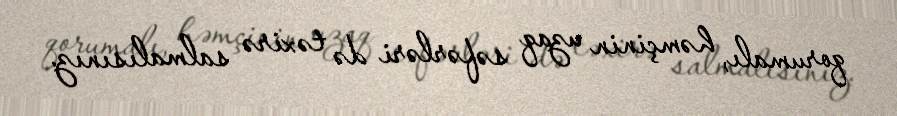
qorumalı, həmçinin uzaq səfərləri də təxirə salmalısınız.